38_143685_box_Incident_Summaries_101-172
Agency: Department of War
Page 130
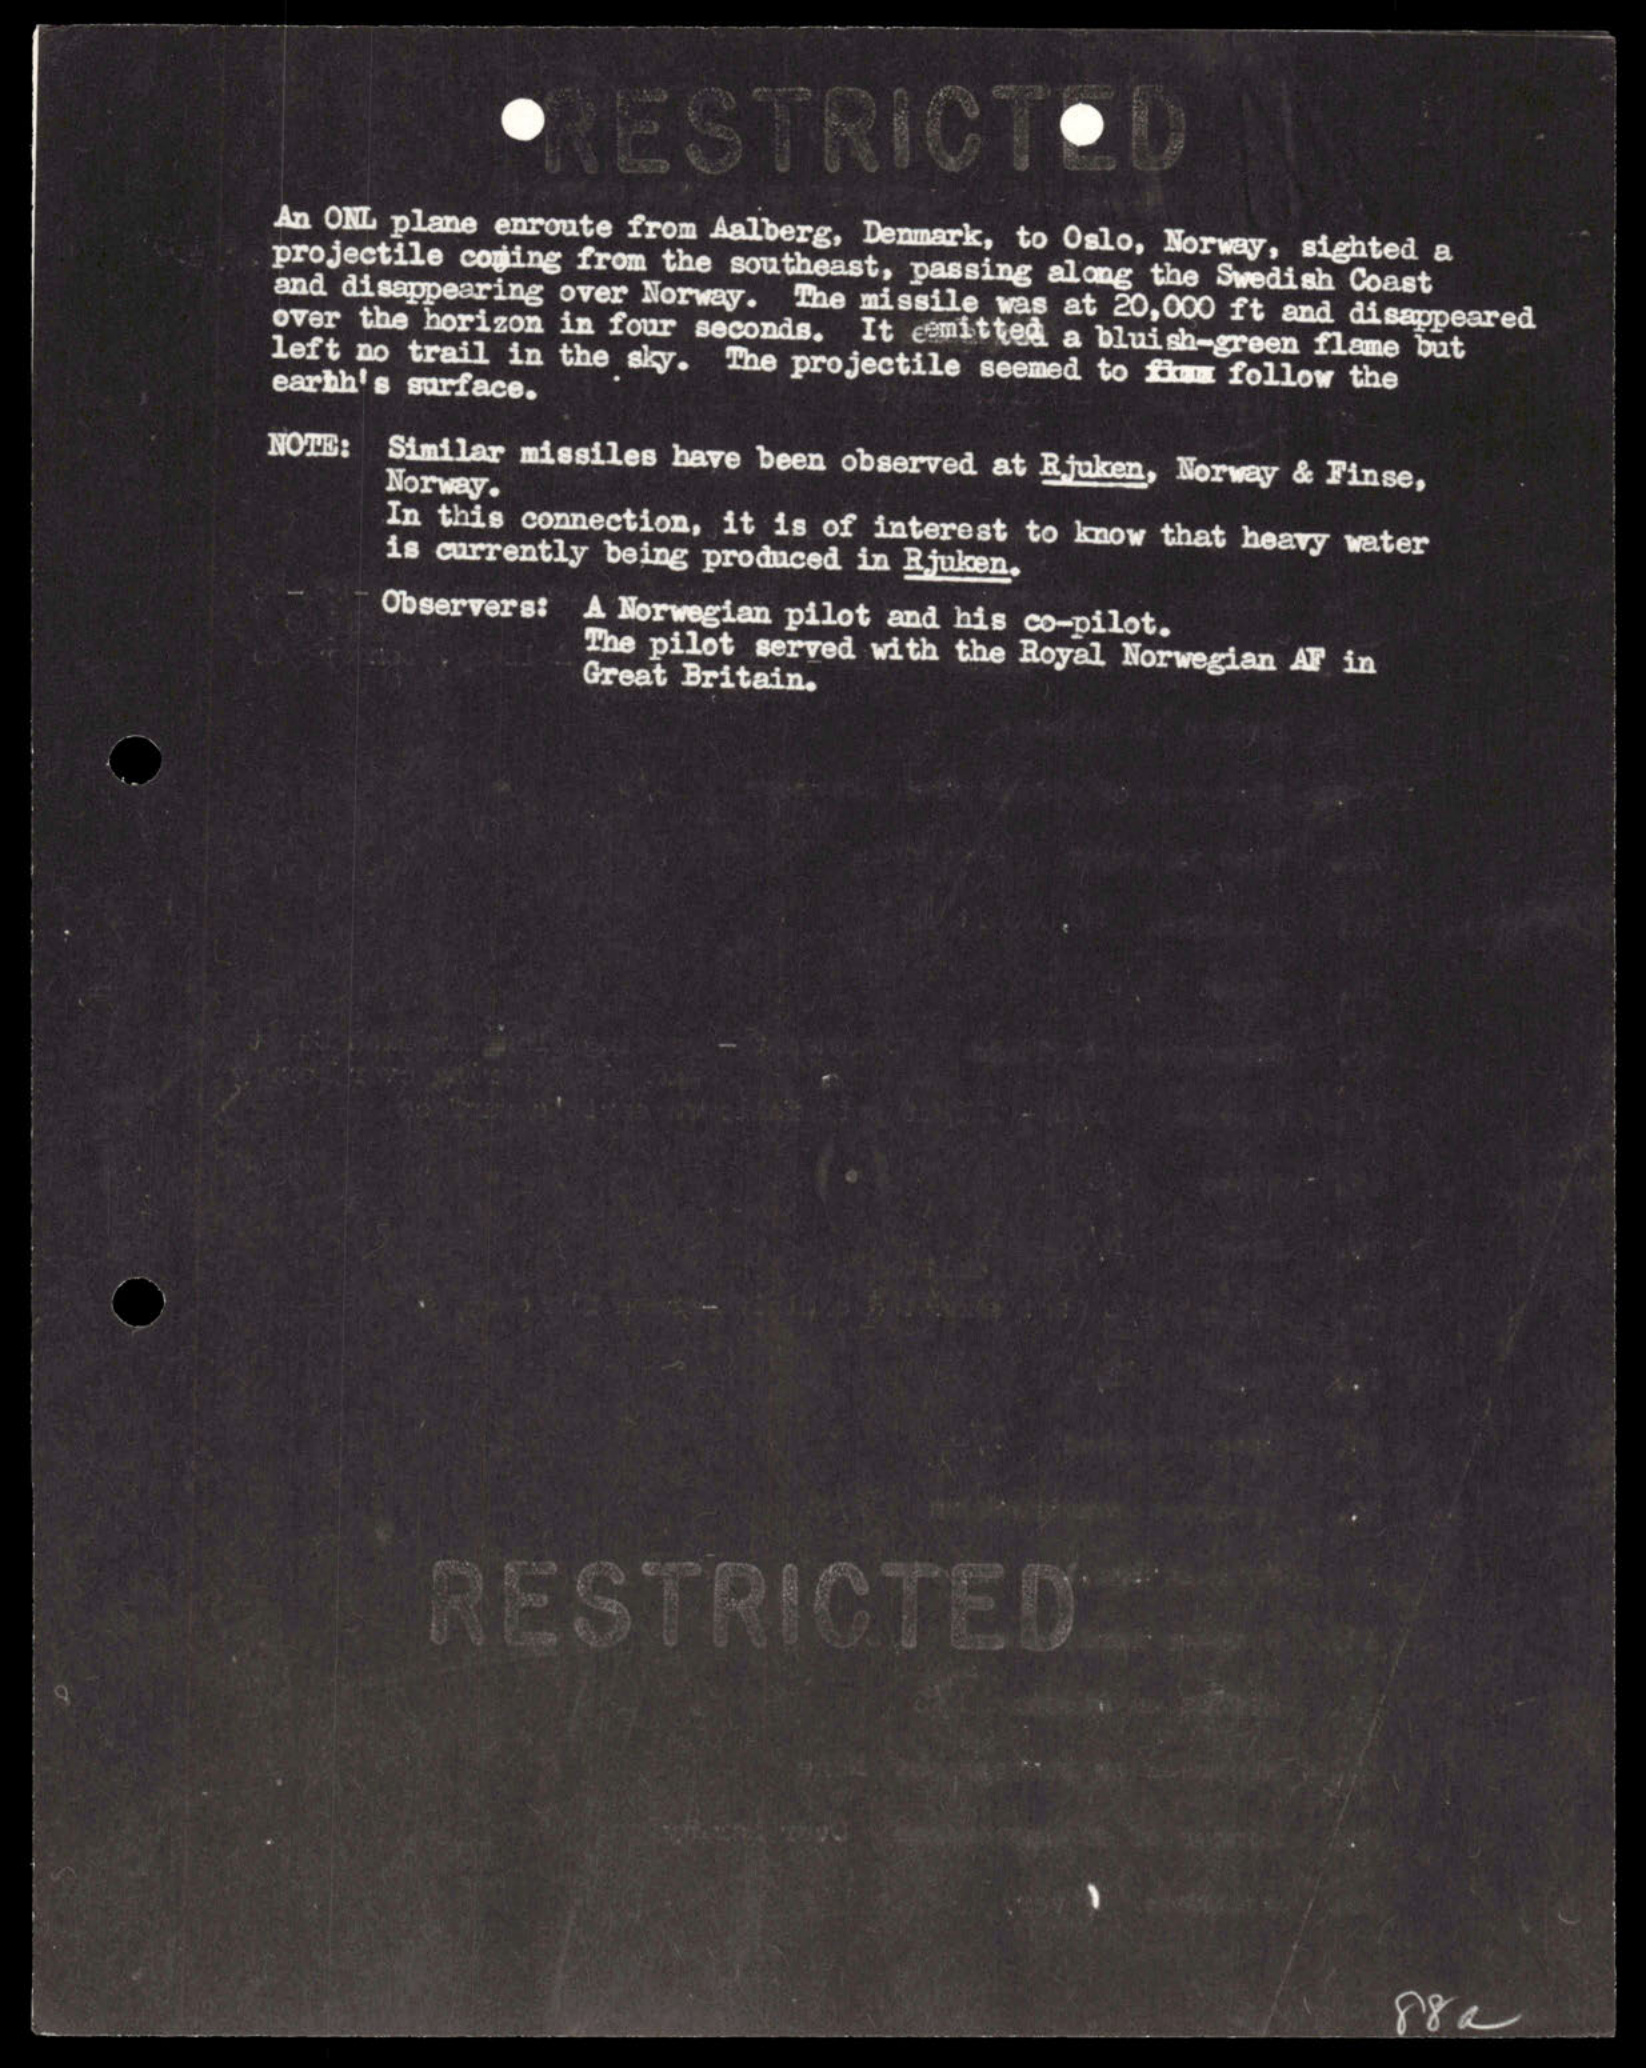